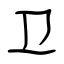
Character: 卫